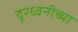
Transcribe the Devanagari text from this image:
दूरध्वनीच्या